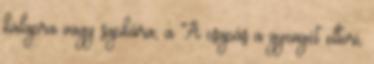
kalapra vagy sapkára, a A csapás a gyengét eltöri,